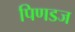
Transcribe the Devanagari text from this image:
पिणडज